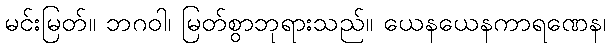
မင်းမြတ်။ ဘဂဝါ၊ မြတ်စွာဘုရားသည်။ ယေနယေနကာရဏေန၊